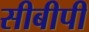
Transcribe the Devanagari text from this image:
सीबीपी